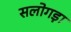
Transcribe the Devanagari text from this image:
सलोगड़ा